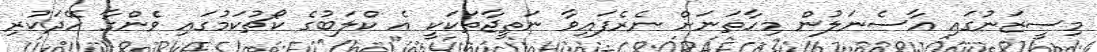
މިސީޒަނުގައި އާސެނަލުން މިހާތަނަށް ނެރެފައިވާ ނަތީޖާތަކަކީ އެ ކްލަބުގެ ކޯޗުކަމުގައި ވެންގާ ހޭދަކުރި